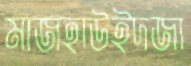
মাজহাউইদজা